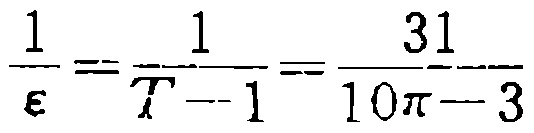
\(\frac{10x - 3}{31}=\frac{y - 1}{1}=\frac{z}{1}\)